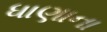
ધાણાના